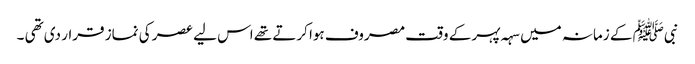
نبیﷺ کے زمانہ میں سہہ پہر کے وقت مصروف ہوا کرتے تھے اس لیے عصر کی نماز قرار دی تھی ۔